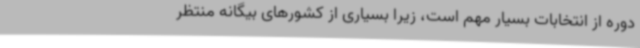
دوره از انتخابات بسیار مهم است، زیرا بسیاری از کشورهای بیگانه منتظر